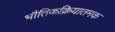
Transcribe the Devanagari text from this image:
भौतिकक्रियातमक